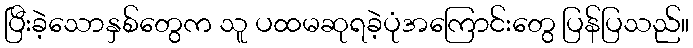
ပြီးခဲ့သောနှစ်တွေက သူ ပထမဆုရခဲ့ပုံအကြောင်းတွေ ပြန်ပြသည်။